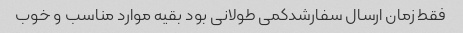
فقط زمان ارسال سفارشدکمی طولانی بود بقیه موارد مناسب و خوب